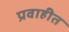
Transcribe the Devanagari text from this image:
प्रवाहीत